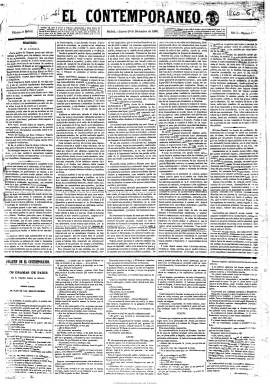
Título: El Contemporáneo (Madrid)
Colección: Periódicos
Ámbito geográfico: Madrid
Lugar de publicación: Madrid
Fechas: 20/12/1860-31/10/1865

Fundado a iniciativa del banquero y marqués José de Salamanca, aparece el 20 de diciembre de 1860, como principal órgano del Partido Moderado, cuyo prospecto tuvo más de programa político que de prospecto anunciador, tal como señala Pedro Gómez Aparicio, y nace para combatir abiertamente al gobierno de Leopoldo O`Donell y, por extensión a la Unión Liberal, de la que el general era su jefe. Considerado como sustituyo eventual de El león español, el diario vespertino de convicciones católico-monárquicas, que había aparecido en 1854 para combatir la alianza de O`Donell y Baldomero Espartero durante el Bienio Progresista. Ambos se motejarán ya de moderados puros, es decir, conservadores.

Fue dirigido por el periodista y político José Luis Albareda (1829-1897), quien llama a su redacción a un grupo de jóvenes periodistas y escritores, entre los que resaltan los nombres de Gustavo Adolfo Bécquer y Juan Valera (que llegará a ser redactor principal), junto a Antonio María Fabié, José Ferreras, José Arroyo y Cobo, Carlos de Pravia, Francisco Botella, Javier de Burgos, Manuel Gutiérrez de la Vega, Bartolomé Ossorio y Bernard y Ramón Rodríguez Correa, entre otros. Ello hizo que el diario tomara un excelente tono literario, como indica María Cruz Seoane, o sea considerado como uno de los periódicos con más elevado tono del periodismo español del diecinueve, a juicio de Gómez Aparicio.

Aparecía diariamente (excepto los lunes) en números de cuatro páginas, y llega a disminuir su tamaño, siendo compuesto a cinco columnas. Comienza siempre con el editorial, al que le siguen artículos doctrinales y las secciones de noticias del extranjero y provincias y una gacetilla de la capital. También empieza a difundir despachos telegráficos procedentes de la agencia Havas. Otras secciones son las correspondientes a la crónica parlamentaria y de sociedad, cotizaciones de bolsa, parte oficial, variedades y espectáculos. También inserta un folletín, en el faldón de la primera página, y anuncios comerciales al final de la cuarta plana.

Mientras que El león español vuelve a aparecer el uno de enero de de 1865 y desaparece definitivamente el 21 de marzo de 1866, ahora dirigido por Eduardo Mier, El contemporáneo publicará su último número el 31 de octubre de 1865, año en que es dirigido por Joaquín González de la Peña, al refundirse con La política (1863-1870), uno de los órganos más autorizados de la Unión Liberal, una vez que O`Donell había regresado a la presidencia del gobierno en junio de ese año tras los ministerios del Partido Moderado de los dos años anteriores, considerándose este trasiego como una traición al conservadurismo.